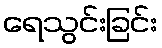
ရေသွင်းခြင်း